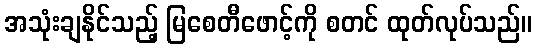
အသုံးချနိုင်သည့် မြစေတီဖောင့်ကို စတင် ထုတ်လုပ်သည်။